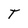
Character: T